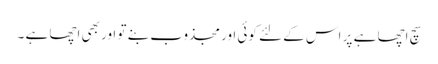
سچ اچھا ہے پر اس کے لئے کوئی اور مجذوب بنے تو اور بھی اچھا ہے ۔